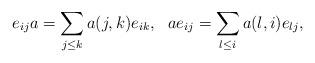
LaTeX: \begin{align*}e_{ij}a=\sum_{j\le k}a(j,k)e_{ik},\ \ ae_{ij}=\sum_{l\le i}a(l,i)e_{lj},\end{align*}